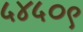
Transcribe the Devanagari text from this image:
५४५०९